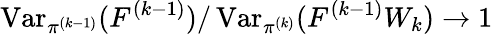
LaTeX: \operatorname{Var}_{\pi^{(k-1)}}(F^{(k-1)})/\operatorname{Var}_{\pi^{(k)}}(F^{(k-1)}W_{k})\to 1